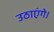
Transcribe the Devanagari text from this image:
उठाएंगे।